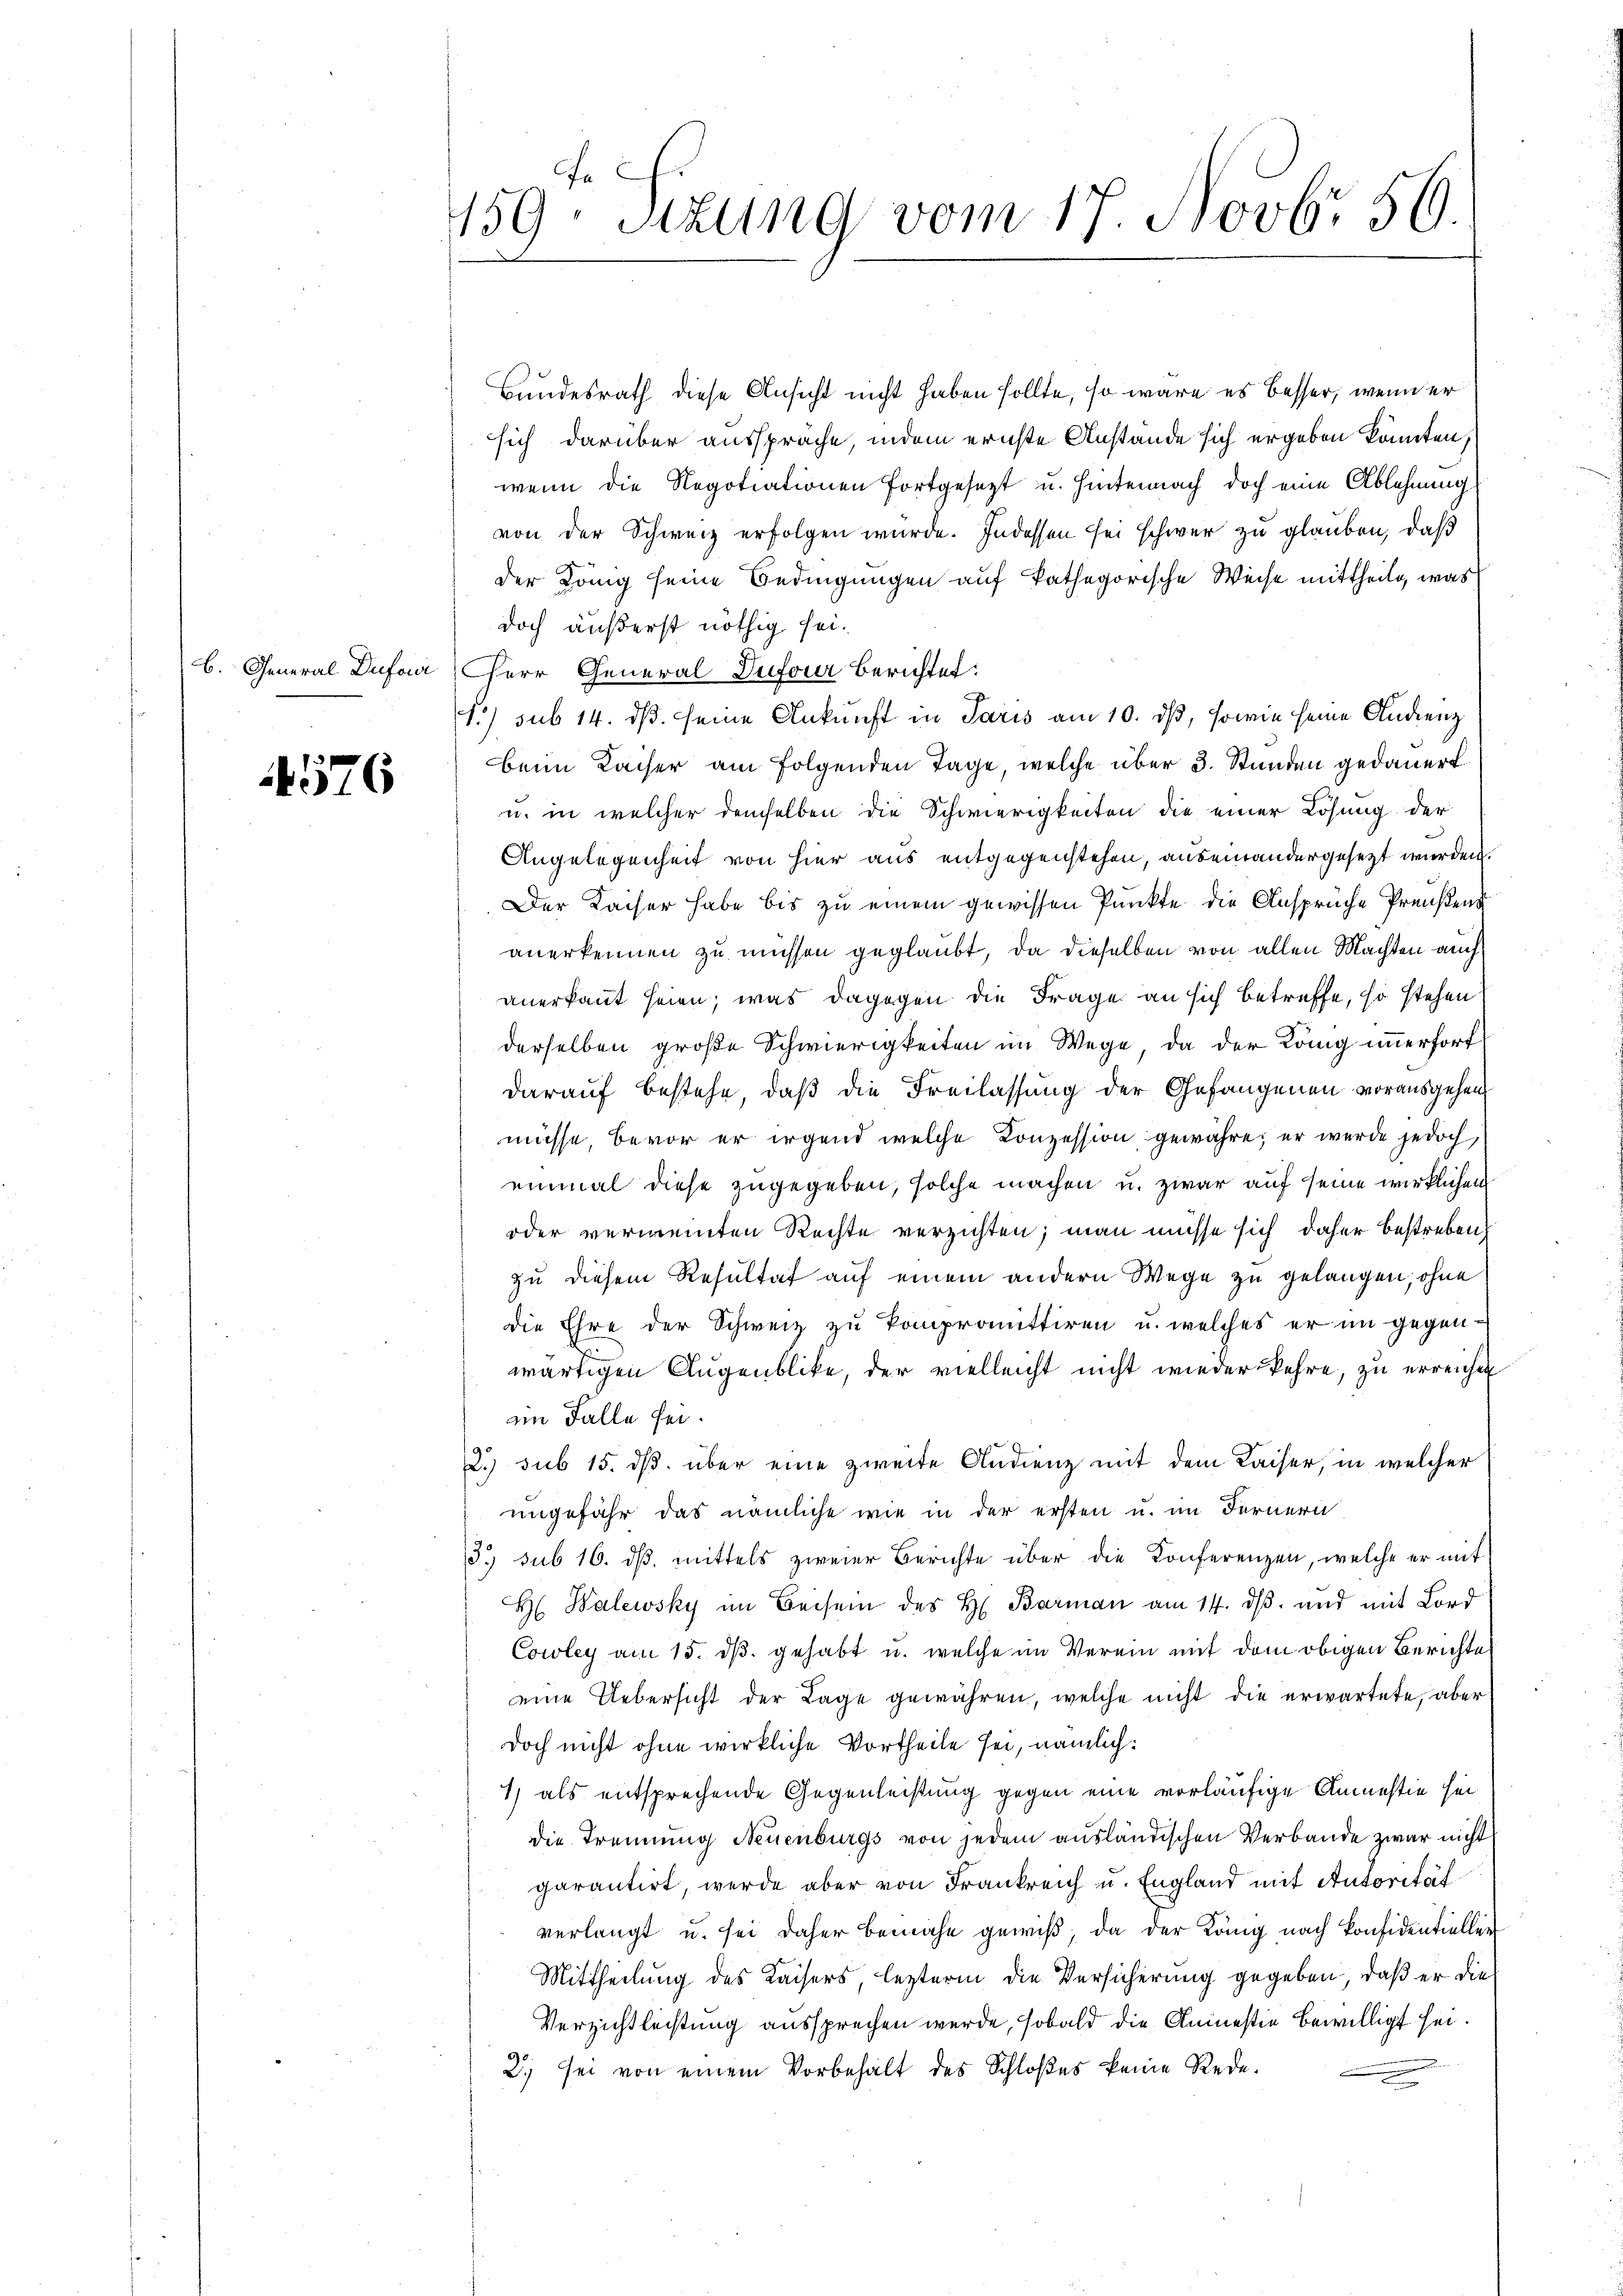
4576

fa
159. Sitzung vom 17. Novbr. 56.

Bundesrath diese Ansicht nicht haben sollte, so wäre es besser, wenn er
sich darüber ausspräche indem ernste Anstande sich ergeben könnten,
wenn die Regotiationen fortgesezt u. Hinternach doch eine Ablehnung
von der Schweiz erfolgen wurde. Indessen sei schwer zu glauben, daß
der König seine Bedingungen auf kathegorische Weise mittheilt, was
doch äußerst nöthig sei.
B. General Dufaar herr General Dufour Berichtet:
1.) sub 14. ds. seine Ankunft in Paris am 10. ds, sowie seine Audienz
beim Kaiser am folgenden Tage, welche über 3. Stunden gedauert
u. in welcher demselben die Schwierigkeiten die einer Lösung der
Angelegenheit von hier aus entgegenstehen, auseinandergesetzt wurden.
Der Kaiser habe bis zu einem gewissen Punkte die Ansprüche Preußens
anerkennen zu müssen geglaubt, da dieselben von allen Machten auch
anerkannt seien; was dagegen die Frage an sich betreffe, so stehen
derselben große Schwierigkeiten im Wege, da der König unerfort
darauf bestehe, daß die Freilassung der Gefangenen vorausgehen
müsse, bevor er irgend welche Konzession gewähre, er wurde jedoch,
einmal diese zugegeben, solche machen u. zwar auf seine wirklichen
oder vermeinten Rechte verzichten; man müsse sich daher bestreben,
zu diesem Resultat auf einem andern Wege zu gelangen, ohne
die Ehre der Schweiz zu kompromittiren u. welches er im gegenwärtigen Augenblike, der vielleicht nicht wieder kehre, zu erreichen
eim Falle sei.
2.) sub 15. dβ über eine zweite Audienz mit dem Kaiser, in welcher
ungefähr das nämliche wie in der ersten u. im Fernern
3. sub 16. ds. mittels zweier Berichte über die Konferenzen, welche er mit
H Balewsky im Beisein des H. Barman am 14. dβ. und mit Lord
Cowley am 15. ds. gehabt u. welche im Verein mit dem obigen Berichte
eine Uebersicht der Lage gewähren, welche nicht die erwartete, aber
doch nicht ohne wirkliche Vortheile sei, nämlich:
1) als entsprechende Gegenleistung gegen eine vorläufige Anmestie sei
die Trennung Neuenburgs von jedem ausländischen Verbande zwar nicht
garantirt, werde aber von Frankreich u. England mit Autorität
verlangt u. sei daher Bemühe gewiß, da der König nach Konfidentiellen
Mittheilung des Kaisers, lezterm die Versicherung gegeben, daß er die
Verzichtleistung aussprechen werde, sobald die Aninestie bewilligt sei.
2. sei von einem Vorbehalt des Schloßes keine Rede.
e